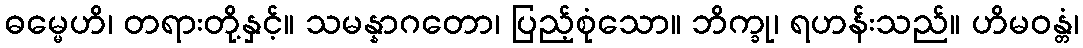
ဓမ္မေဟိ၊ တရားတို့နှင့်။ သမန္နာဂတော၊ ပြည့်စုံသော။ ဘိက္ခု၊ ရဟန်းသည်။ ဟိမဝန္တံ၊